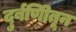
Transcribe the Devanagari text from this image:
दुर्बणिीतून